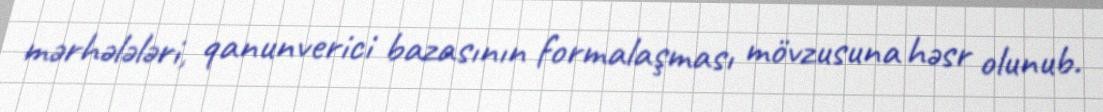
mərhələləri, qanunverici bazasının formalaşması mövzusuna həsr olunub.